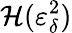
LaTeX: \mathcal{H}(\varepsilon_{\delta}^{2})